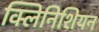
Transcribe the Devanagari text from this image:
क्लिनिशियन